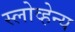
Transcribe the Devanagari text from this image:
स्लोव्हेन्य